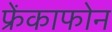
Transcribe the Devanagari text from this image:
फ्रेंकाफोन